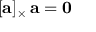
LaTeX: [ \mathbf { a } ] _ { \times } \, \mathbf { a } = \mathbf { 0 }